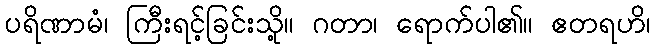
ပရိဏာမံ၊ ကြီးရင့်ခြင်းသို့။ ဂတာ၊ ရောက်ပါ၏။ ဧတရဟိ၊